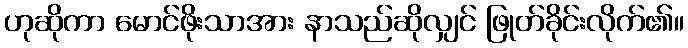
ဟုဆိုကာ မောင်ဖိုးသာအား နာသည်ဆိုလျှင် ဖြုတ်ခိုင်းလိုက်၏။